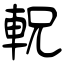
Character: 軦